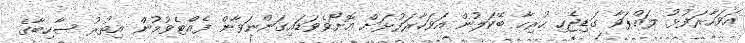
އަވަހާރަފުޅު ލައްޕަވާ ގަޑިޖެހި ހުރިހާ ބޭކަލުން އަވަހާރަފުޅަށް އޮށޯވެވަޑައިގަންނަވާން ފެއްޓެވުމުން އިތުރު ސާހިބާގެ